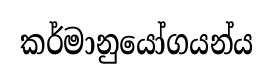
කර්මානුයෝගයන්ය